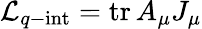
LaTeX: {\cal L}_{q-\mathrm{int}}=\mathrm{tr}\, A_{\mu}J_{\mu}